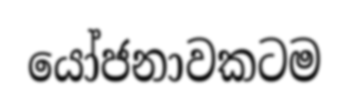
යෝජනාවකටම